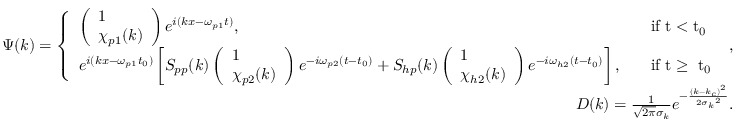
\begin{array} { r l r } & { } & { \Psi ( k ) = \left\{ \begin{array} { l l } { \left( \begin{array} { l } { 1 } \\ { \chi _ { p 1 } ( k ) } \end{array} \right) e ^ { i ( k x - \omega _ { p 1 } t ) } , } & { \quad \mathrm { i f ~ t < t _ 0 ~ } } \\ { e ^ { i ( k x - \omega _ { p 1 } t _ { 0 } ) } \left[ S _ { p p } ( k ) \left( \begin{array} { l } { 1 } \\ { \chi _ { p 2 } ( k ) } \end{array} \right) e ^ { - i \omega _ { p 2 } ( t - t _ { 0 } ) } + S _ { h p } ( k ) \left( \begin{array} { l } { 1 } \\ { \chi _ { h 2 } ( k ) } \end{array} \right) e ^ { - i \omega _ { h 2 } ( t - t _ { 0 } ) } \right] , } & { \quad \mathrm { i f ~ t \ge ~ t _ 0 ~ } } \end{array} \right. , } \\ & { } & { D ( k ) = \frac { 1 } { \sqrt { 2 \pi } \sigma _ { k } } e ^ { - \frac { \left( k - k _ { c } \right) ^ { 2 } } { 2 { \sigma _ { k } } ^ { 2 } } } . } \end{array}